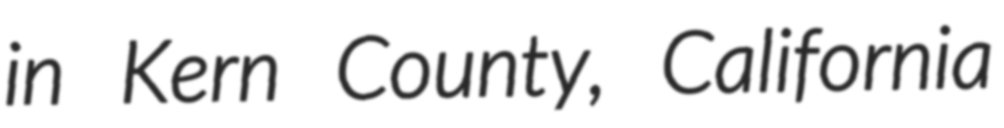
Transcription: in Kern County, California